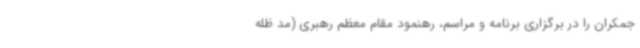
جمکران را در برگزاری برنامه و مراسم، رهنمود مقام معظم رهبری (مد ظله